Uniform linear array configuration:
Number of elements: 8
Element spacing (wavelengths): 0.75
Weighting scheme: blackman
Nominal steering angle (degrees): -30
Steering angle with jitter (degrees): -29.538
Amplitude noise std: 0.05
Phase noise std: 0.05

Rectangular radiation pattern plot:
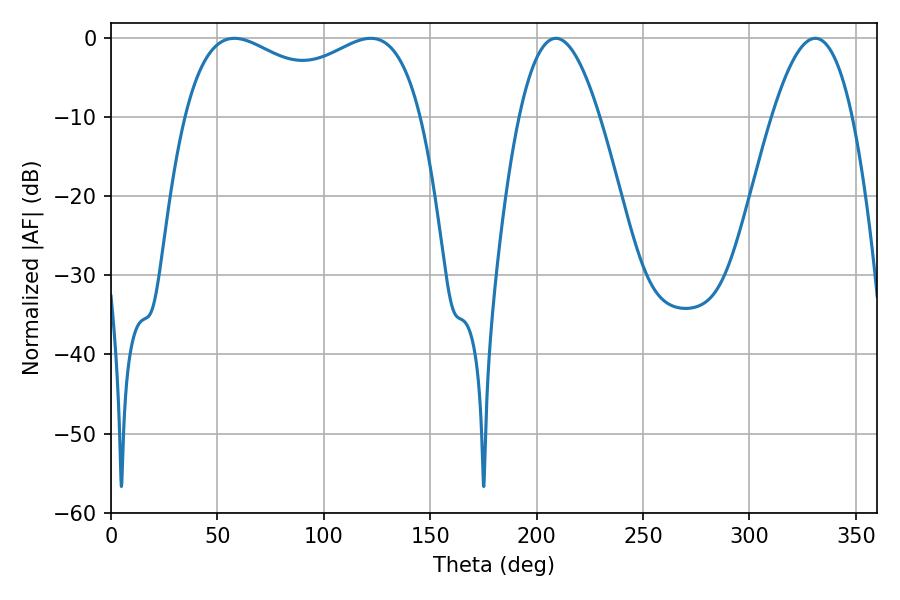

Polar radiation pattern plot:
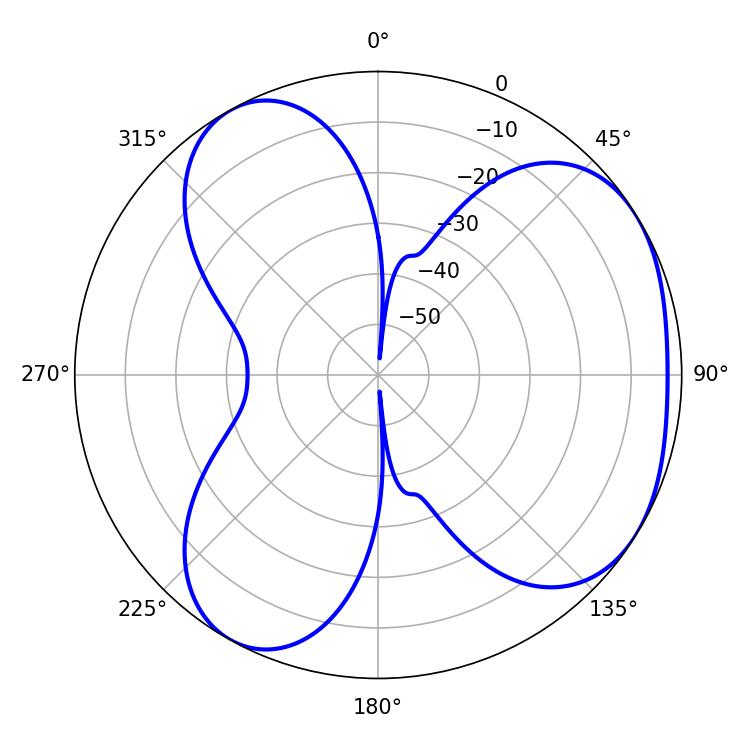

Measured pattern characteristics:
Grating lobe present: TRUE
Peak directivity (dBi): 4.182
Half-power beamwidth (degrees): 92.52
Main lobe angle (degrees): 57.96